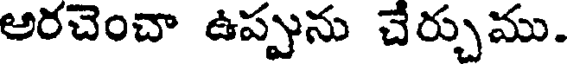
అరచెంచా ఉప్పును చేర్చుము.